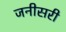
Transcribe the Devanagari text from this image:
जनीसरी